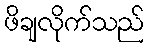
ဖိချလိုက်သည်